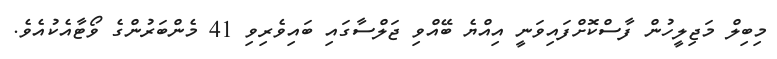
މިބިލް މަޖިލީހުން ފާސްކޮށްފައިވަނީ އިއްޔެ ބޭއްވި ޖަލްސާގައި ބައިވެރިވި 41 މެންބަރުންގެ ވޯޓާއެކުއެވެ.